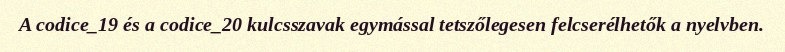
A codice_19 és a codice_20 kulcsszavak egymással tetszőlegesen felcserélhetők a nyelvben.